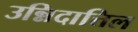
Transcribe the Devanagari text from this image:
उन्निदात्तिल